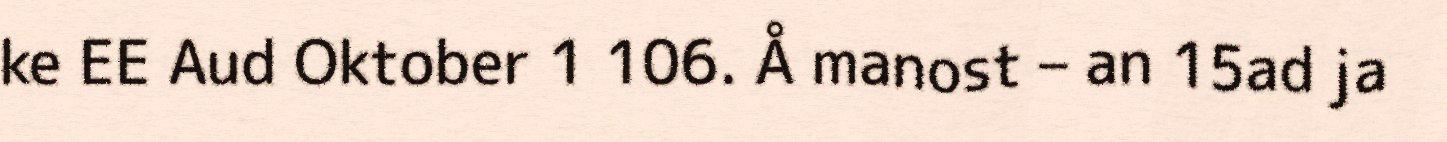
ke EE Aud Oktober 1 106. Å manost – an 15ad ja